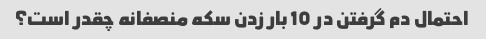
احتمال دم گرفتن در 10 بار زدن سکه منصفانه چقدر است؟